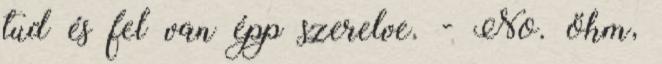
tud és fel van épp szerelve. - No. öhm,